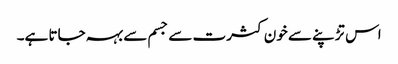
اس تڑپنے سے خون کثرت سے جسم سے بہہ جاتا ہے۔